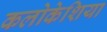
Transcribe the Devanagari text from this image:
कलोकेशिया